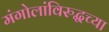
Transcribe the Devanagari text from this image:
मंगोलांविरुद्धच्या